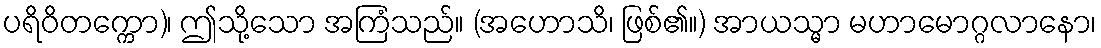
ပရိဝိတက္ကော)၊ ဤသို့သော အကြံသည်။ (အဟောသိ၊ ဖြစ်၏။) အာယသ္မာ မဟာမောဂ္ဂလာနော၊